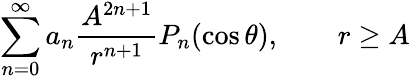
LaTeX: \sum_{n=0}^{\infty}a_{n}{\frac{A^{2n+1}}{r^{n+1}}}P_{n}(\cos\theta),\qquad r\geq A